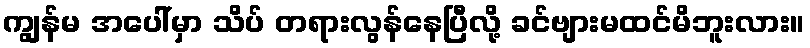
ကျွန်မ အပေါ်မှာ သိပ် တရားလွန်နေပြီလို့ ခင်ဗျားမထင်မိဘူးလား။